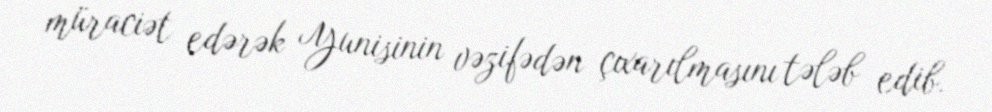
müraciət edərək Yunisinin vəzifədən çıxarılmasını tələb edib.